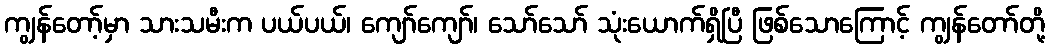
ကျွန်တော့်မှာ သားသမီးက ပယ်ပယ်၊ ကျော်ကျော်၊ သော်သော် သုံးယောက်ရှိပြီ ဖြစ်သောကြောင့် ကျွန်တော်တို့